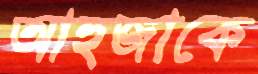
আহুজাকে